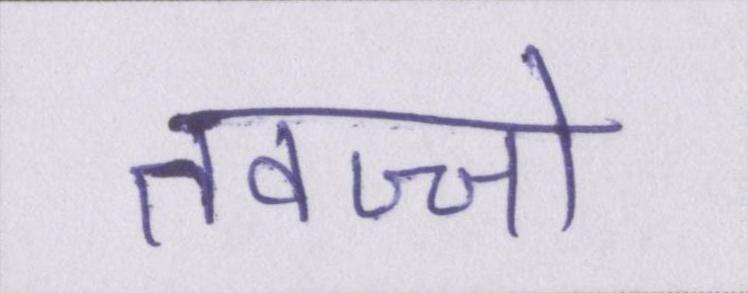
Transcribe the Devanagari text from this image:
तवज्जो